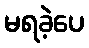
မရခဲ့ပေ